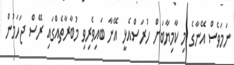
ނަމަވެސް އޭނާގެ މި ކާމިޔާބަށް ހުރަސްއެޅީ އޭނާ ބައިވެރިވި މުބާރާތެއްގައި ރޭސް ޖަހަމުން